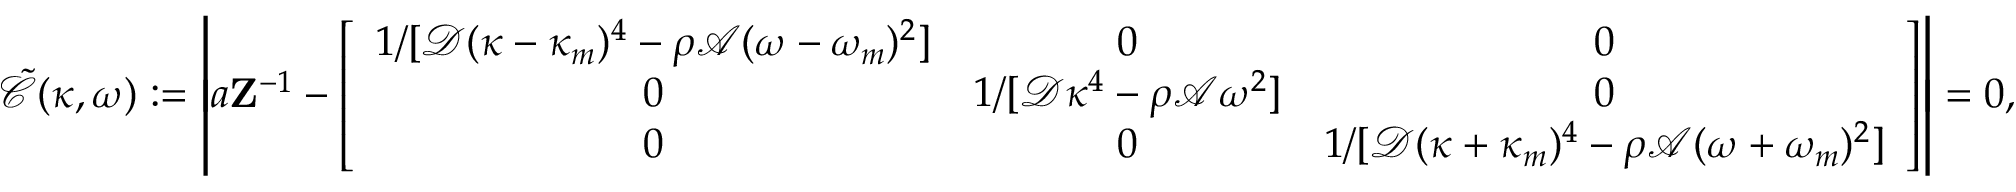
\mathcal { \tilde { C } } ( \kappa , \omega ) : = \left| a \mathbf { Z } ^ { - 1 } - \left[ \begin{array} { c c c } { 1 / [ \mathcal { D } ( \kappa - \kappa _ { m } ) ^ { 4 } - \rho \mathcal { A } ( \omega - \omega _ { m } ) ^ { 2 } ] } & { 0 } & { 0 } \\ { 0 } & { 1 / [ \mathcal { D } \kappa ^ { 4 } - \rho \mathcal { A } \omega ^ { 2 } ] } & { 0 } \\ { 0 } & { 0 } & { 1 / [ \mathcal { D } ( \kappa + \kappa _ { m } ) ^ { 4 } - \rho \mathcal { A } ( \omega + \omega _ { m } ) ^ { 2 } ] } \end{array} \right] \right| = 0 ,